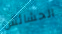
الحشائش